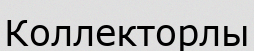
Коллекторлы